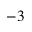
^ { - 3 }